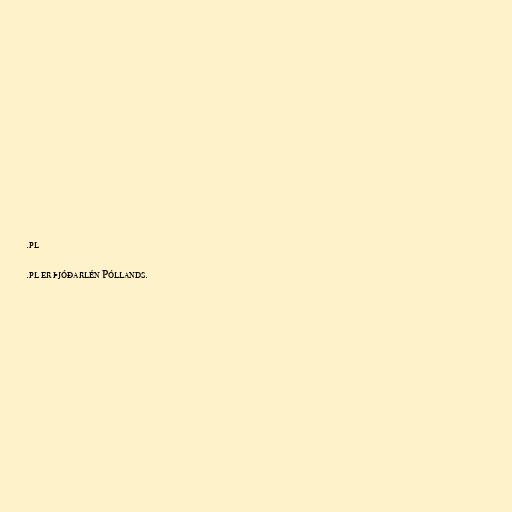
.pl

.pl er þjóðarlén Póllands.